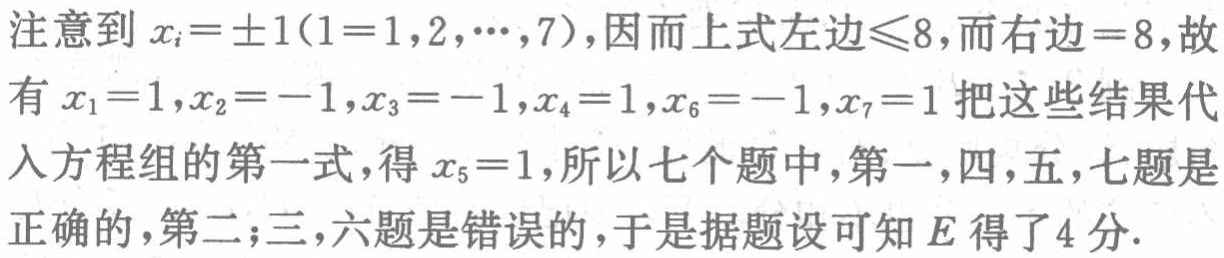
注意到 \(x_{i}=\pm1(i = 1,2,\cdots,7)\)，因而上式左边\(\leq8\)，而右边\( = 8\)，故有 \(x_{1}=1,x_{2}=-1,x_{3}=-1,x_{4}=1,x_{6}=-1,x_{7}=1\)把这些结果代入方程组的第一式，得 \(x_{5}=1\)，所以七个题中，第一，四，五，七题是正确的，第二；三，六题是错误的，于是据题设可知 \(E\) 得了4分.